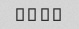
� � � �